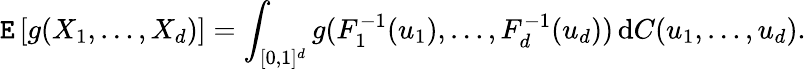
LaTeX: \operatorname{\mathtt{E}}\left[g(X_{1},\dots,X_{d})\right]=\int_{[0,1]^{d}}g(F_{1}^{-1}(u_{1}),\dots,F_{d}^{-1}(u_{d}))\, \mathrm{{d}}C(u_{1},\dots,u_{d}).